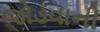
જોડવાની